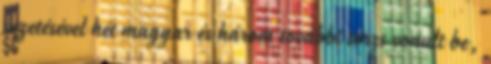
vezetésével hét magyar és három további törzs vonult be,